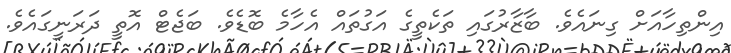
އިންތިހާއަށް ގިނައެވެ. ބާޒާރުގައި ތަކެތީގެ އަގުތައް އެހާމެ ބޮޑެވެ. ބަޖެޓް އޮތީ ދަރަނީގައެވެ.